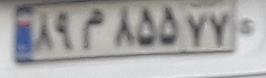
۸۹م۸۵۵۷۷